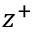
z ^ { + }